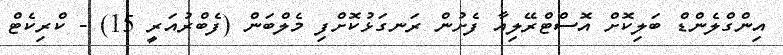
އިންގްލެންޑް ބަލިކޮށް އޮސްޓްރޭލިއާ ފެށުން ރަނގަޅުކޮށްފި މެލްބަން (ފެބްރުއަރީ 15) - ކްރިކެޓް